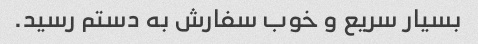
بسیار سریع و خوب سفارش به دستم رسید.